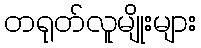
တရုတ်လူမျိုးများ